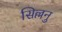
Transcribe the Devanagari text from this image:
सिल्लनु